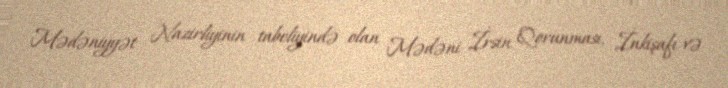
Mədəniyyət Nazirliyinin tabeliyində olan Mədəni İrsin Qorunması, İnkişafı və